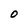
Character: O